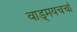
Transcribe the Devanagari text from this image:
वाड्मयचर्चा